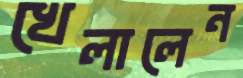
খেলালেন